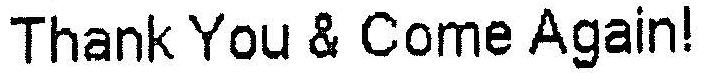
THANK YOU & COME AGAIN!